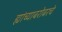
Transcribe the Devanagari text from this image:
ह्यांच्याबरोबरचे